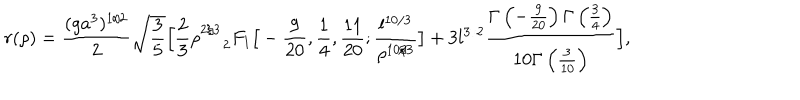
r ( \rho ) = \frac { ( g a ^ { 3 } ) ^ { 1 / 2 } } { 2 } \sqrt { \frac { 3 } { 5 } } \Big [ \frac { 2 } { 3 } \rho _ { \: \quad 2 } ^ { 2 / 3 } F _ { 1 } \big [ - \frac { 9 } { 2 0 } , \frac { 1 } { 4 } , \frac { 1 1 } { 2 0 } ; \frac { l ^ { 1 0 / 3 } } { \rho ^ { 1 0 / 3 } } \big ] + 3 l ^ { 3 / 2 } \frac { \Gamma \left( - \frac { 9 } { 2 0 } \right) \Gamma \left( \frac { 3 } { 4 } \right) } { 1 0 \Gamma \left( \frac { 3 } { 1 0 } \right) } \Big ] ,